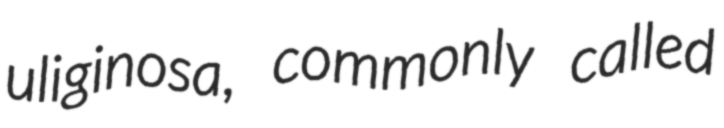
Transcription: uliginosa, commonly called